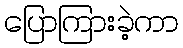
ပြောကြားခဲ့ကာ